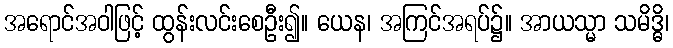
အရောင်အဝါဖြင့် ထွန်းလင်းစေဦး၍။ ယေန၊ အကြင်အရပ်၌။ အာယသ္မာ သမိဒ္ဓိ၊